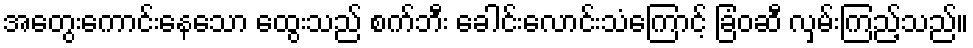
အတွေးကောင်းနေသော ထွေးသည် စက်ဘီး ခေါင်းလောင်းသံကြောင့် ခြံဝဆီ လှမ်းကြည့်သည်။